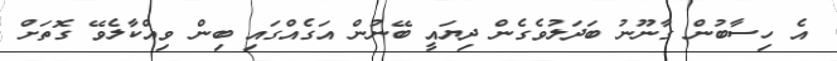
އެ ހިސާބުން ގާނޫނު ބަދަލުވެގެން ދިޔައީ ބޭނުން އަގެއްގައި ބިން ވިއްކާލެވޭ ގޮތަށް